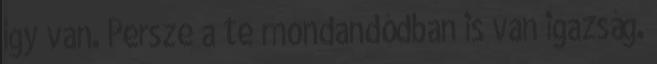
így van. Persze a te mondandódban is van igazság.